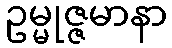
ဥမ္မုဇ္ဇမာနာ